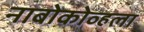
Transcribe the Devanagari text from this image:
नाबोकोव्हला